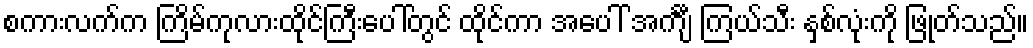
စကားလက်က ကြိမ်ကုလားထိုင်ကြီးပေါ်တွင် ထိုင်ကာ အပေါ် အင်္ကျီ ကြယ်သီး နှစ်လုံးကို ဖြုတ်သည်။